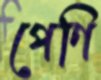
পেণি